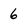
Character: 6